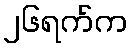
၂၆ရက်က